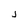
Character: j